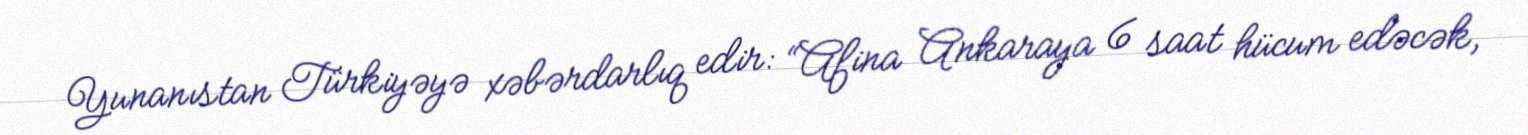
Yunanıstan Türkiyəyə xəbərdarlıq edir: “Afina Ankaraya 6 saat hücum edəcək,